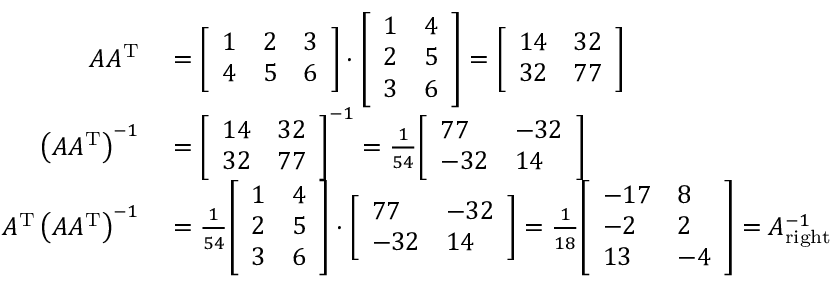
\begin{array} { r l } { A A ^ { \mathrm { T } } } & { { } = { \left[ \begin{array} { l l l } { 1 } & { 2 } & { 3 } \\ { 4 } & { 5 } & { 6 } \end{array} \right] } \cdot { \left[ \begin{array} { l l } { 1 } & { 4 } \\ { 2 } & { 5 } \\ { 3 } & { 6 } \end{array} \right] } = { \left[ \begin{array} { l l } { 1 4 } & { 3 2 } \\ { 3 2 } & { 7 7 } \end{array} \right] } } \\ { \left( A A ^ { \mathrm { T } } \right) ^ { - 1 } } & { { } = { \left[ \begin{array} { l l } { 1 4 } & { 3 2 } \\ { 3 2 } & { 7 7 } \end{array} \right] } ^ { - 1 } = { \frac { 1 } { 5 4 } } { \left[ \begin{array} { l l } { 7 7 } & { - 3 2 } \\ { - 3 2 } & { 1 4 } \end{array} \right] } } \\ { A ^ { \mathrm { T } } \left( A A ^ { \mathrm { T } } \right) ^ { - 1 } } & { { } = { \frac { 1 } { 5 4 } } { \left[ \begin{array} { l l } { 1 } & { 4 } \\ { 2 } & { 5 } \\ { 3 } & { 6 } \end{array} \right] } \cdot { \left[ \begin{array} { l l } { 7 7 } & { - 3 2 } \\ { - 3 2 } & { 1 4 } \end{array} \right] } = { \frac { 1 } { 1 8 } } { \left[ \begin{array} { l l } { - 1 7 } & { 8 } \\ { - 2 } & { 2 } \\ { 1 3 } & { - 4 } \end{array} \right] } = A _ { \mathrm { r i g h t } } ^ { - 1 } } \end{array}